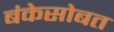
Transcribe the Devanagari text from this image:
बंकेसोबत